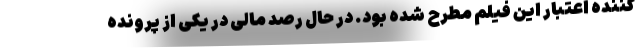
کننده اعتبار این فیلم مطرح شده بود. در حال رصد مالی در یکی از پرونده